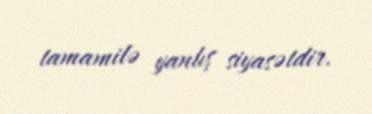
tamamilə yanlış siyasətdir.